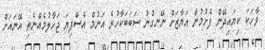
ވާހަކަ ކިޔައިދޭން ފެށުމުން އަޔާޒަށް ނޭނގުނު ސަބަބަކާހުރެ އަނުމް އެސްފިޔަ ޖަހާލުމެއްނެތި އޭނައަށް